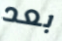
بعد